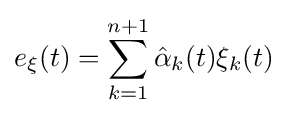
e_{\xi }(t)=\sum \limits _{k=1}^{n+1}{\hat {\alpha }}_{k}(t)\xi _{k}(t)